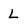
Character: L